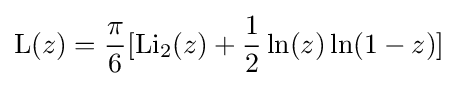
\operatorname {L} (z)={\frac {\pi }{6}}[\operatorname {Li} _{2}(z)+{\frac {1}{2}}\ln(z)\ln(1-z)]